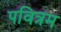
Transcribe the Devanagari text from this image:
पवित्रम